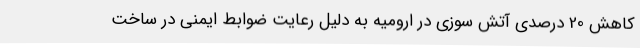
کاهش 20 درصدی آتش سوزی در ارومیه به دلیل رعایت ضوابط ایمنی در ساخت